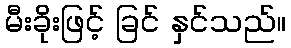
မီးခိုးဖြင့် ခြင် နှင်သည်။